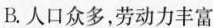
B.人口众多，劳动力丰富